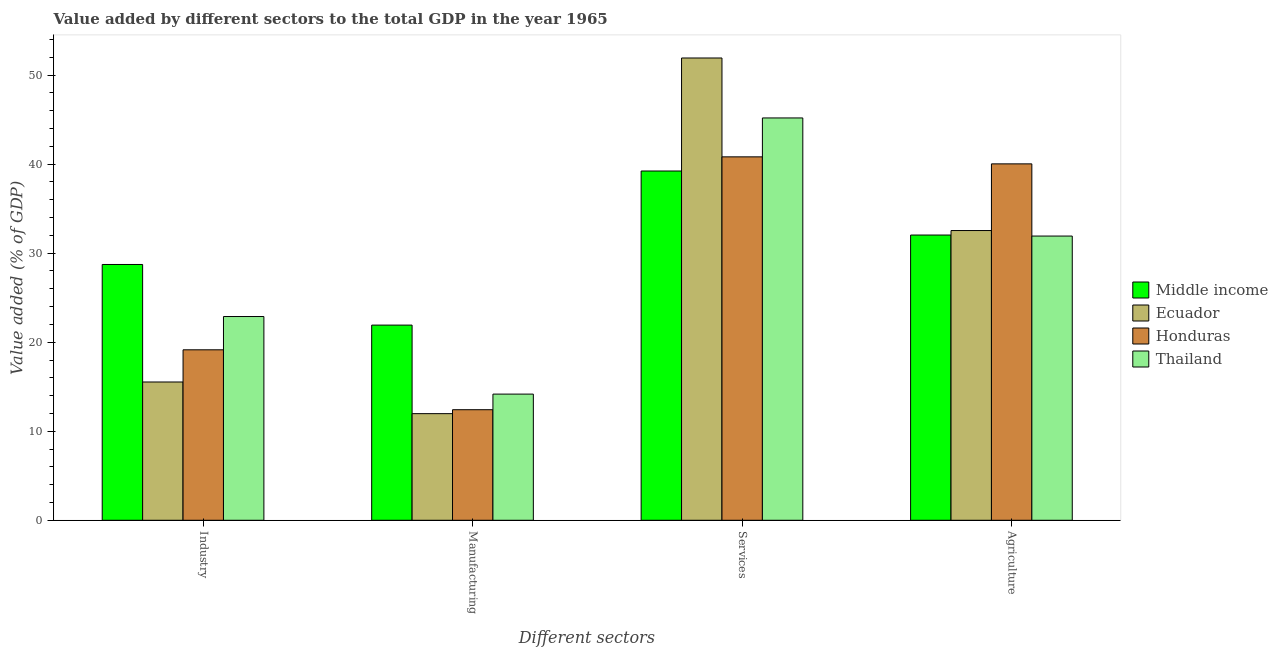
| Different sectors | Middle income | Ecuador | Honduras | Thailand |
 | --- | --- | --- | --- | --- |
 | Industry | 28.7 | 15.5 | 19.1 | 22.9 |
 | Manufacturing | 21.9 | 12 | 12.4 | 14.2 |
 | Services | 39.2 | 51.9 | 40.8 | 45.2 |
 | Agriculture | 32 | 32.5 | 40 | 31.9 |